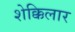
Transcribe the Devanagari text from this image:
शेक्किलार